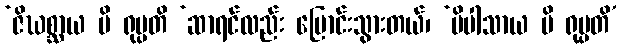
‘ဇိဃစ္ဆာယ ပိ ရုပ္ပတိ ‘ဆာရင်လည်း ပြောင်းသွားတယ်၊ ‘ပိပါသာယ ပိ ရုပ္ပတိ’